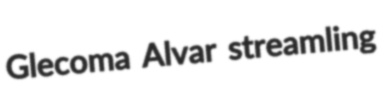
Glecoma Alvar streamling